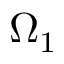
\Omega _ { 1 }